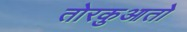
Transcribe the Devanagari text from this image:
तोरकुआतो